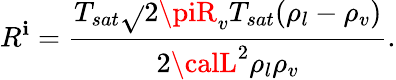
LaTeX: R^{\mathbf{i}}=\frac{{T_{sat}\sqrt{}{{2\piR_{v}T_{sat}}}(\rho_{l}-\rho_{v})}}{{2{\calL}^{2}\rho_{l}\rho_{v}}}.